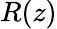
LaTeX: R(z)